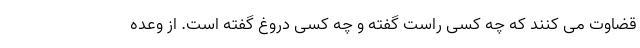
قضاوت می کنند که چه کسی راست گفته و چه کسی دروغ گفته است. از وعده